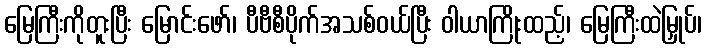
မြေကြီးကိုတူးပြီး မြောင်းဖော်၊ ပီဗီစီပိုက်အသစ်ဝယ်ပြီး ဝါယာကြိုးထည့်၊ မြေကြီးထဲမြှုပ်၊